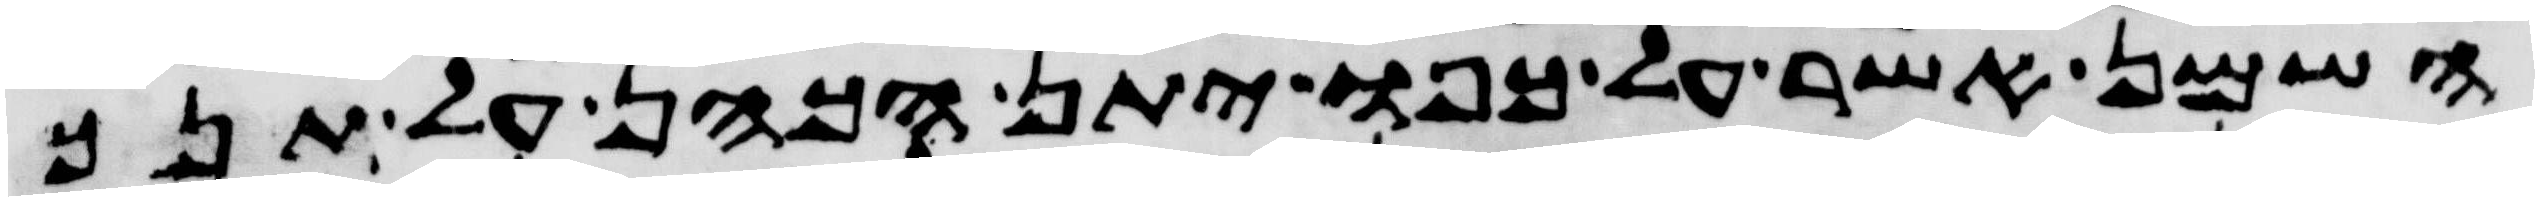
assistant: השמן אשר על כפו יתן הכהן על תנך